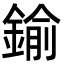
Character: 鍮